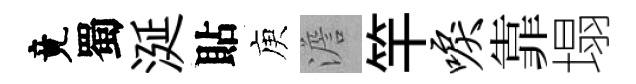
竟蜀涎貼庾澹竿唳靠塌